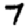
Digit: 7